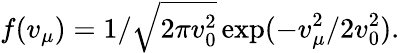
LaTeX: f(v_{\mu})=1/\sqrt{2\pi v_{0}^{2}}\exp(-v_{\mu}^{2}/2v_{0}^{2}).